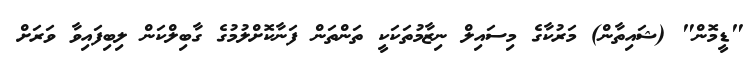
"ޑީމޮން" (ޝައިތާން) މަރުކާގެ މިސައިލް ނިޒާމުތަކަކީ ތަންތަން ފަނާކޮށްލުމުގެ ގާބިލްކަން ލިބިފައިވާ ވަރަށް